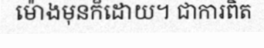
ម៉ោងមុនក៏ដោយ។ ជាការពិត